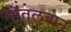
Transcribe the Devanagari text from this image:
मॉंतलबान